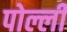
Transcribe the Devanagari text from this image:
पोल्ली